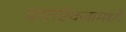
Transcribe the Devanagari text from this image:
दस्तऐवजामध्ये